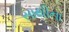
સાથીના